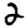
Digit: 2